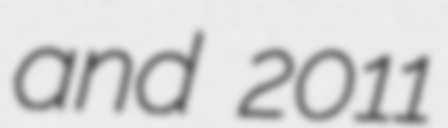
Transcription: and 2011